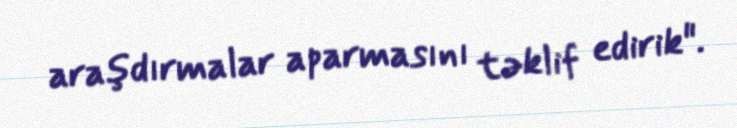
araşdırmalar aparmasını təklif edirik".